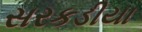
સરકડીયા